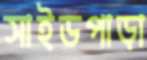
সাইডপাড়া